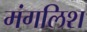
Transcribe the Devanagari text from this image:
मंगलिश